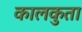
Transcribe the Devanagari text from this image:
कालकुता